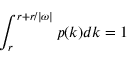
\int _ { r } ^ { r + r / | \omega | } p ( k ) d k = 1